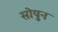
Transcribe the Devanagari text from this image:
सोयुन